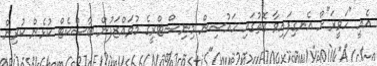
އެއީ "ހަވީރަ"ށް އެނގިފައިވާ ގޮތުގައި ހައުސިން މިނިސްޓްރީގެ މުވައްޒަފުން ބާސްކެޓް ކުޅެން ކުރިން